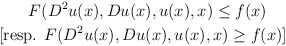
\begin{align*}F(D^2u(x)&,Du(x),u(x),x)\leq f(x)\\{\rm [\mbox{\rm resp. }} F(D^2u(&x),Du(x),u(x),x)\geq f(x){\rm ]}\end{align*}